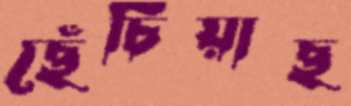
ছেঁচিয়াছ